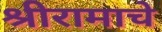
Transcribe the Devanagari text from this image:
श्रीरामाचे